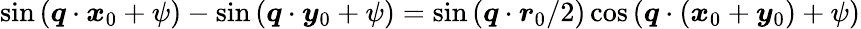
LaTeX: \sin{(\boldsymbol{q}\cdot\boldsymbol{x}_{0}+\psi)}-\sin{(\boldsymbol{q}\cdot\boldsymbol{y}_{0}+\psi)}=\sin{(\boldsymbol{q}\cdot\boldsymbol{r}_{0}/2)}\cos{(\boldsymbol{q}\cdot(\boldsymbol{x}_{0}+\boldsymbol{y}_{0})+\psi)}